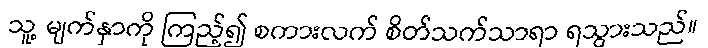
သူ့ မျက်နှာကို ကြည့်၍ စကားလက် စိတ်သက်သာရာ ရသွားသည်။